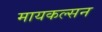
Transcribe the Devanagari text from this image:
मायकल्सन